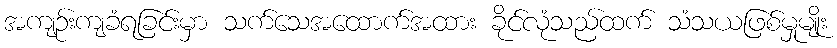
အကျဉ်းကျခံရခြင်းမှာ သက်သေအထောက်အထား ခိုင်လုံသည်ထက် သံသယဖြစ်မှုမျိုး